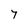
Character: 7